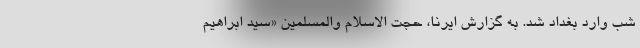
شب وارد بغداد شد. به گزارش ایرنا، حجت الاسلام والمسلمین «سید ابراهیم